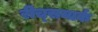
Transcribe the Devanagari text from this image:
रीच्समार्क